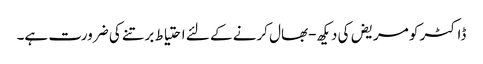
ڈاکٹر کو مریض کی دیکھ-بھال کرنے کے لئے احتیاط برتنے کی ضرورت ہے۔